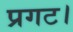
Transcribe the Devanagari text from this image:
प्रगट।